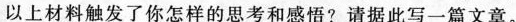
以上材料触发了你怎样的思考和感悟?请据此写一篇文章。